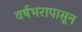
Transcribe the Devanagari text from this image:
वर्षभरापासून